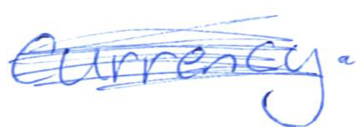
Text: currency.
Cross-out: scratch
Writing tool: ballpoint